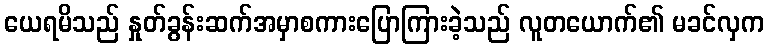
ယေရမိသည် နှုတ်ခွန်းဆက်အမှာစကားပြောကြားခဲ့သည် လူတယောက်၏ မခင်လှက